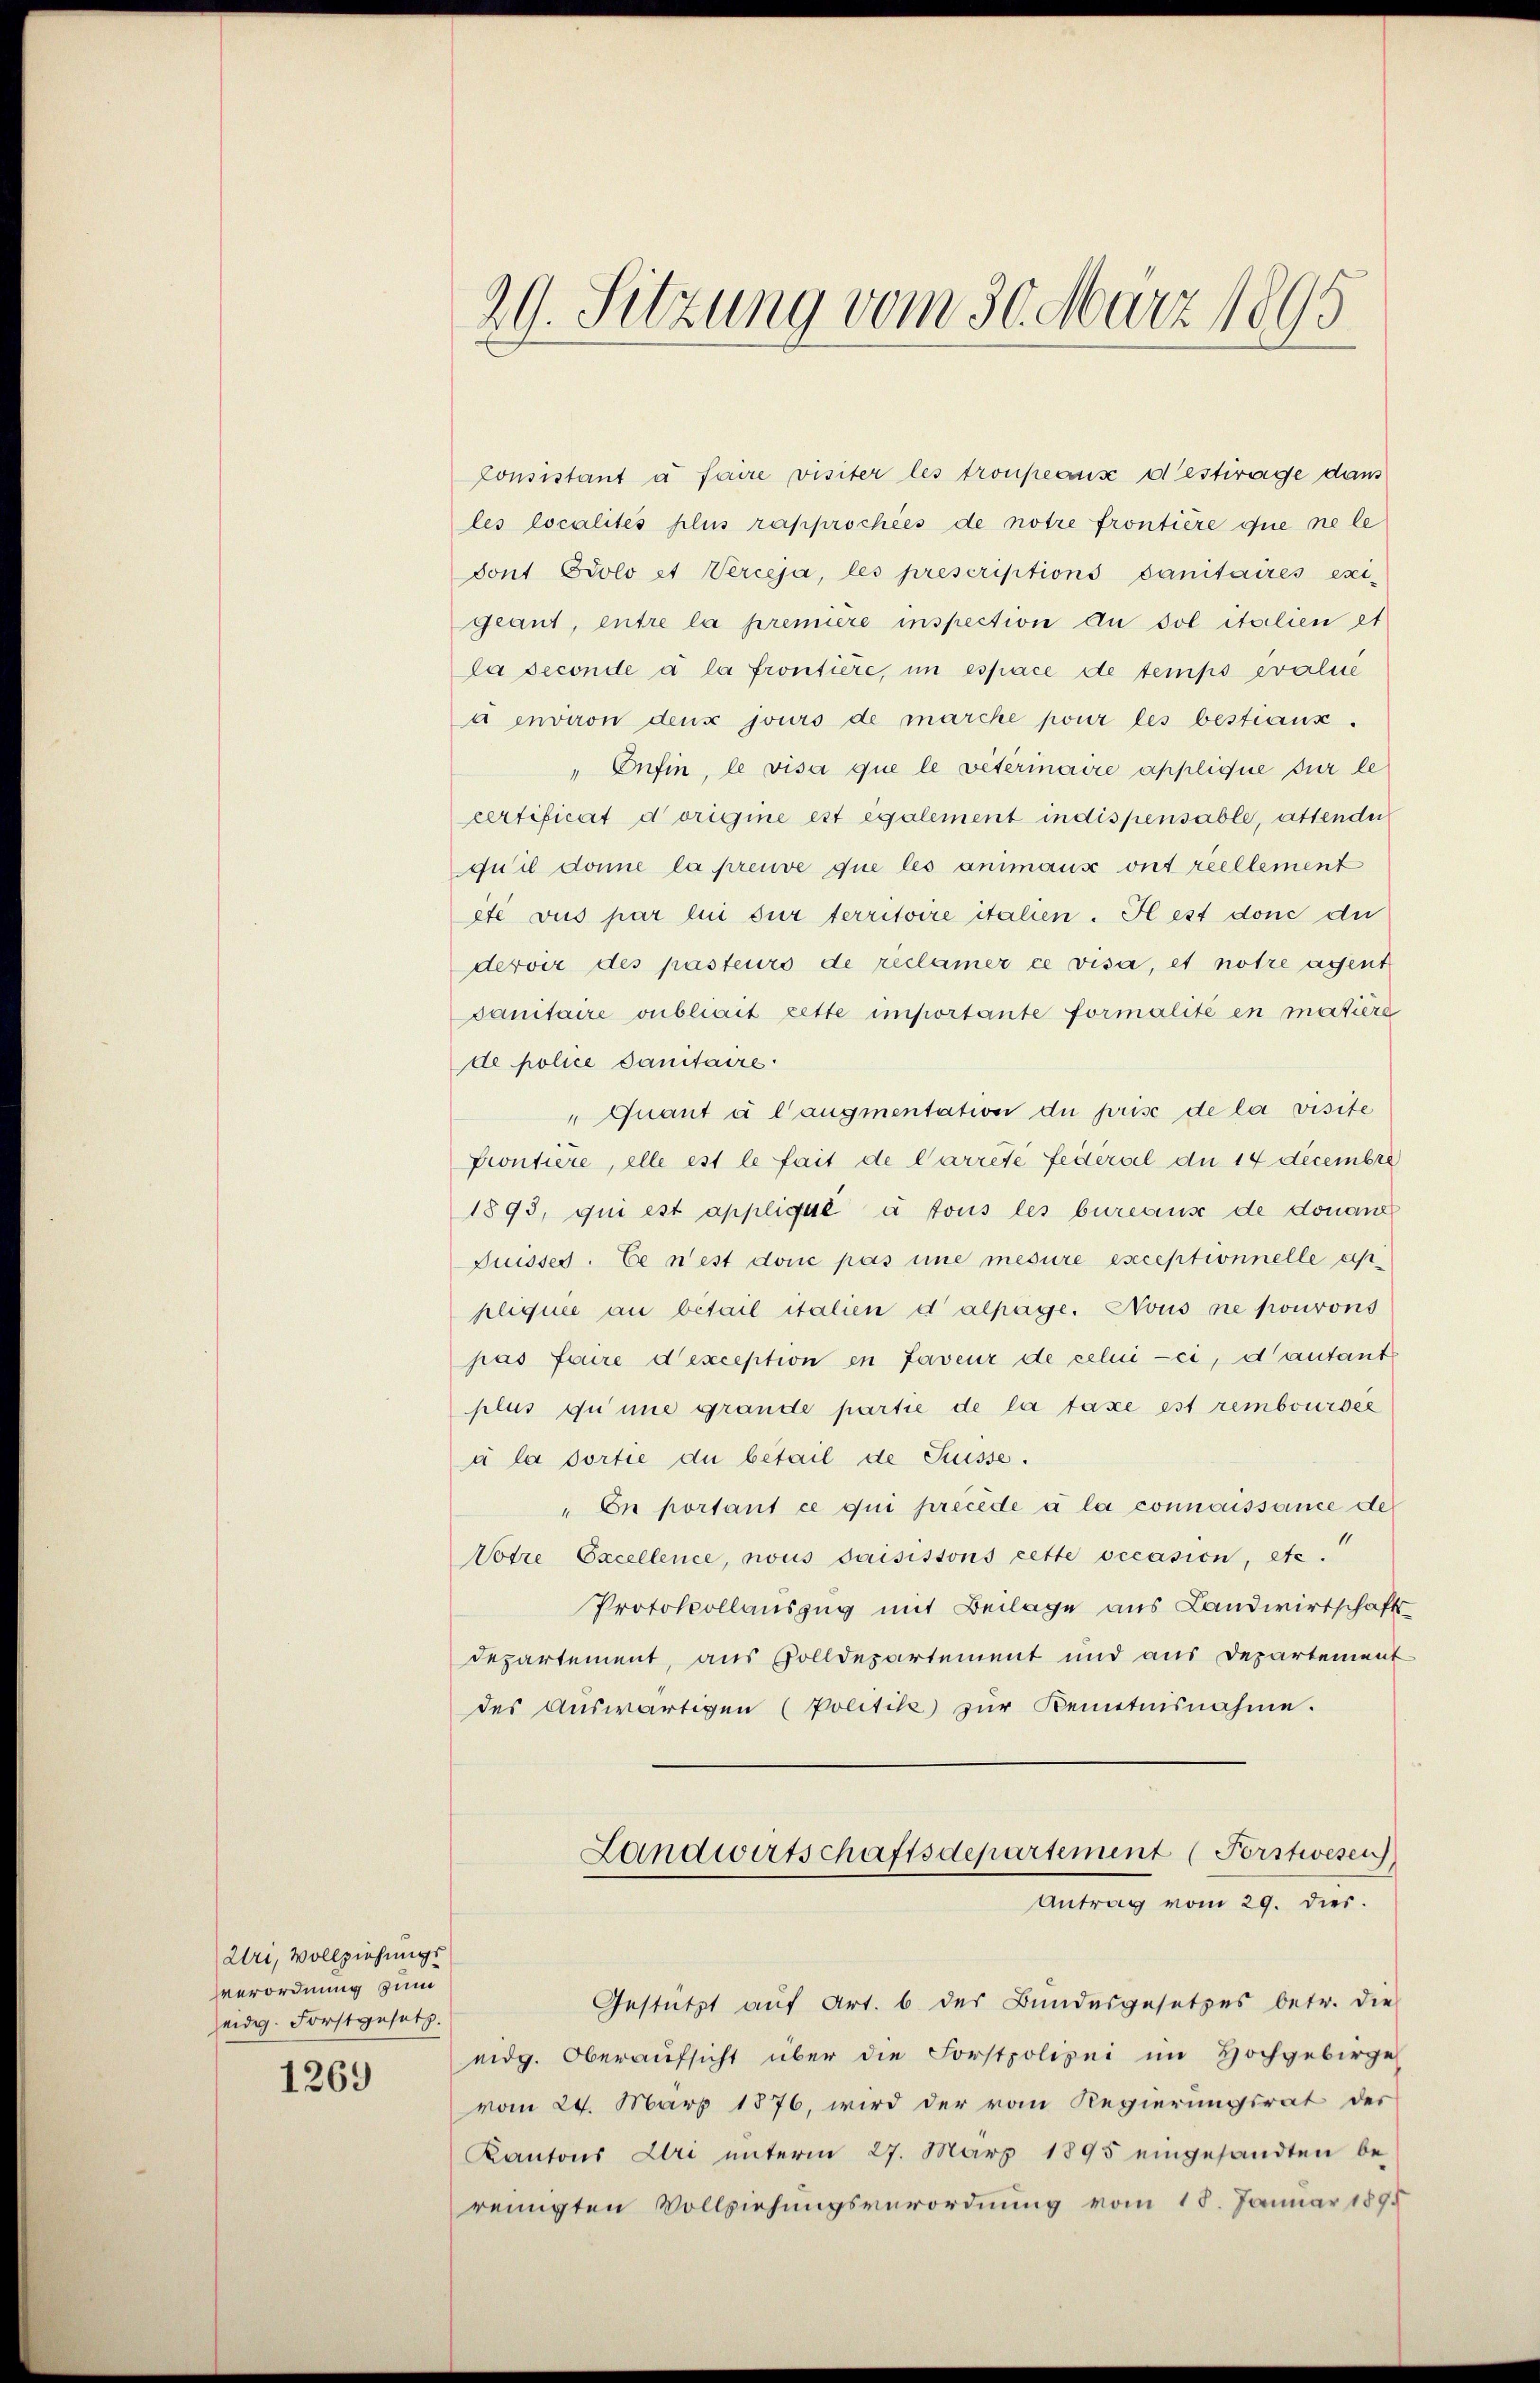
Uri, Vollziehungs
verordnung zum
eidg. Forstgesetz.

1269

29. Sitzung vom 30. März 1895

Consistant à faire visiter les troupeaus destrage dans
les localités plus rapprochees de notre frontière que ne le
Sont Prolo et Verceja, les prescriptions sanitaires exi-
geant, entre la première inspection du sol italien et
la seconde à la frontiere, in espace de temps evalie
u environ deux jours de marche pour les bestiaux.
" Enfin, le visa que le vetermaire applique sur le
certificat dorigine est également indispensable, attende
quil donne la preuve que les animaux ont reellement
etl vus par lui sur territoire italien. Il est donc di
dervir des pasteurs de reclamer ce visa, et notre agent
sanitaire oublicit zette importante formalité en matière
de police Sanitaire.
„Quant à l’augmentation die prise de la visite
Frontiere, elle est le fait de Carrete Federal die 14 decembri
1893, qui est applique à tous les bureaus de donanz
Puisses. Ce n’est donc pas une mesure exceptionnelle appliquée au bétail italien d alpage. Nous ne pourons
pas Feure d’exception en faveur de celui-ci, d’autant
plus quine grande partie de la taxe est remboursee
à la dortie du betail de Küsse.
"Cn portant ce qui précéde à la connoissance de
Votre Excellence, nous saisistons cette occasion, etc.
Protokollauszug mit Beilage aus Landwirtschafts-
departement, aus Solldepartement und aus Departement
des Auswärtigen (Politik zŭr Kenntnisnahme.
Landwirtschaftsdepartement (Forstwesen
Antrag vom 29. dies.
Gestützt auf Art. 6 des Bundesgesetzes betr. die
eidg. Oberaufsicht über die Forstpolizei im Hochgebirge
vom 24. März 1876, wird der vom Regierungsrat des
Kantons Uri unterm 27. März 1895 eingesandten be-
reinigten Vollziehungsverordnung vom 18. Januar 1895